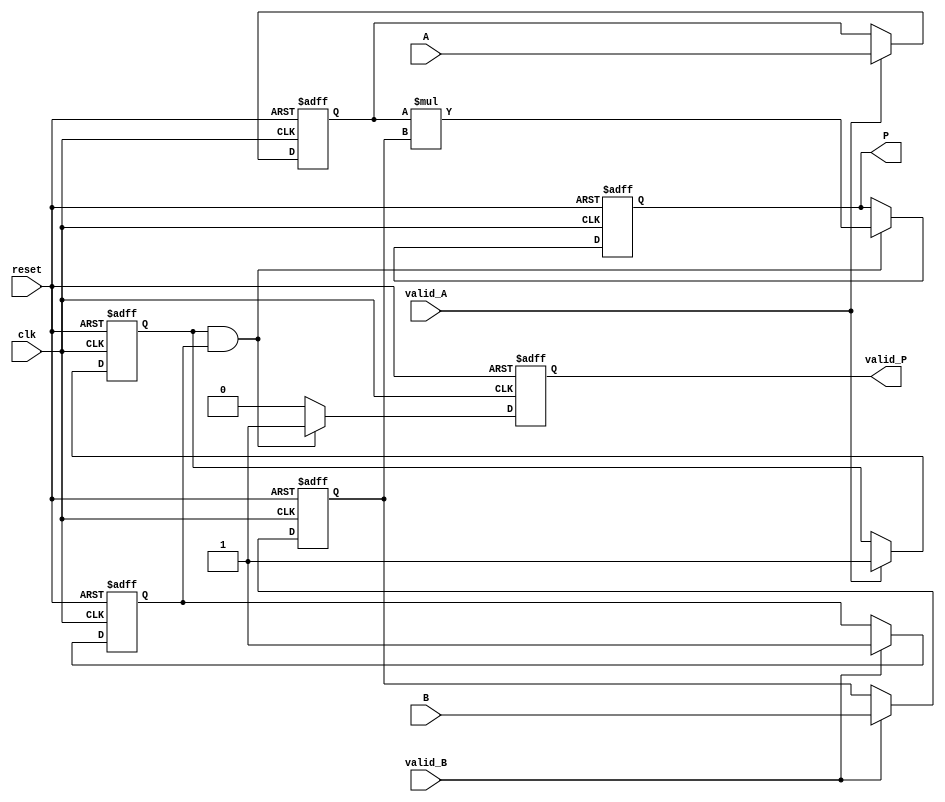
module streaming_multiplier #(
    parameter DATA_WIDTH = 16, // Width of the input data
    parameter PRODUCT_WIDTH = 2 * DATA_WIDTH // Width of the product
)(
    input wire clk,
    input wire reset,
    input wire [DATA_WIDTH-1:0] A,
    input wire [DATA_WIDTH-1:0] B,
    input wire valid_A,
    input wire valid_B,
    output reg [PRODUCT_WIDTH-1:0] P,
    output reg valid_P
);

    // Internal signals for pipeline stages
    reg [DATA_WIDTH-1:0] A_reg;
    reg [DATA_WIDTH-1:0] B_reg;
    reg valid_A_reg;
    reg valid_B_reg;

    // Pipelined multiplication
    always @(posedge clk or posedge reset) begin
        if (reset) begin
            A_reg <= 0;
            B_reg <= 0;
            valid_A_reg <= 0;
            valid_B_reg <= 0;
            P <= 0;
            valid_P <= 0;
        end else begin
            // Capture valid inputs
            if (valid_A) begin
                A_reg <= A;
                valid_A_reg <= 1;
            end
            if (valid_B) begin
                B_reg <= B;
                valid_B_reg <= 1;
            end

            // Perform multiplication when both inputs are valid
            if (valid_A_reg && valid_B_reg) begin
                P <= A_reg * B_reg; // Multiply the registered values
                valid_P <= 1; // Output valid
            end else begin
                valid_P <= 0; // Output not valid if inputs are not valid
            end
        end
    end

endmodule